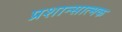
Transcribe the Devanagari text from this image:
प्रशान्सात्मक